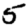
Digit: 5